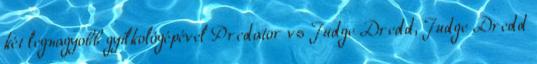
két legnagyobb gyilkológépével Predator vs Judge Dredd, Judge Dredd